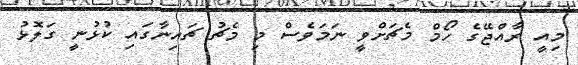
މިއީ ރާއްޖޭގެ ހޯމް މެޗަށްވީ ނަމަވެސް މި މެޗު ޗައިނާގައި ކުޅުނީ ގަލޮޅު